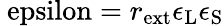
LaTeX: \mathrm{\ epsilon}=r_{\mathrm{ext}}\epsilon_{\mathrm{L}}\epsilon_{\mathrm{S}}